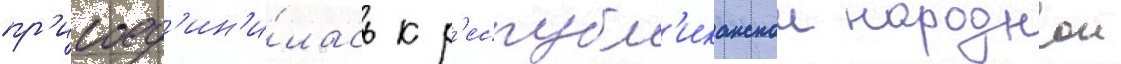
пр'исоед'ин'и́лась к р'еспубл'иканскои народнои